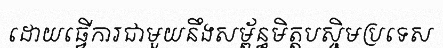
ដោយធ្វើការជាមួយនឹងសម្ព័ន្ធមិត្តបស្ចិមប្រទេស